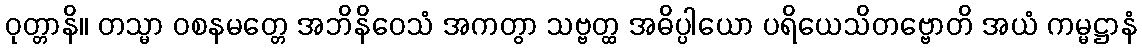
ဝုတ္တာနိ။ တသ္မာ ဝစနမတ္တေ အဘိနိဝေသံ အကတွာ သဗ္ဗတ္ထ အဓိပ္ပါယော ပရိယေသိတဗ္ဗောတိ အယံ ကမ္မဋ္ဌာနံ